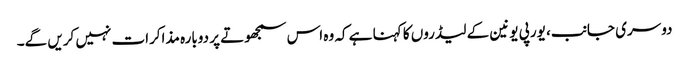
دوسری جانب، یورپی یونین کے لیڈروں کا کہنا ہے کہ وہ اس سمجھوتے پر دوبارہ مذاکرات نہیں کریں گے۔